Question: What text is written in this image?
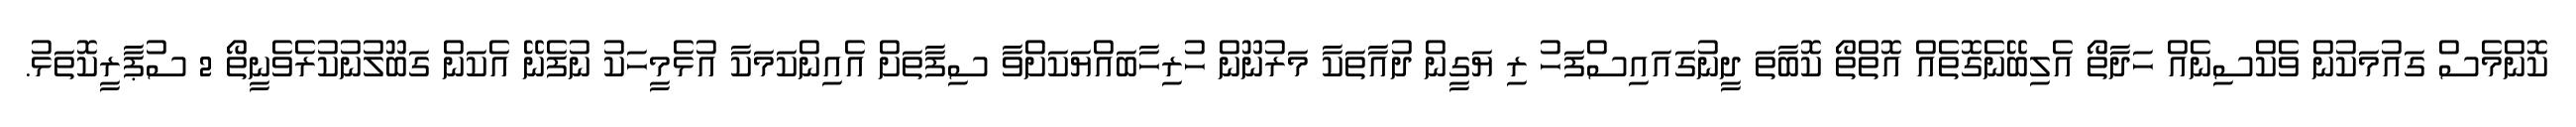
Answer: ކޮންމެސް ގައުމަކުން ވެކްސިނެއް ހަދާތޯ އެލިބޭނެގޮތެއް އޮތްތޯ ކޮބާތަ ދީނުގައައިސްފަހު ރި ޔަގީން ދުއާތަކާ މަރުނޫން ހުރިހާބައްޔަކަށްވާ ސިފާތަށް އެއިންކަމަކާ އުޅެމީހަކު ނުފެނޭ އެކަން ގަބޫލުނުކުރެވެނީތޯ 2 ސުޕާރީކޮތަޅު.